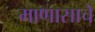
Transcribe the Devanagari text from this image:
माणासाचे